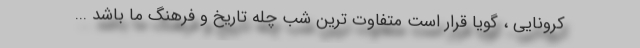
کرونایی ، گویا قرار است متفاوت ترین شب چله تاریخ و فرهنگ ما باشد ...